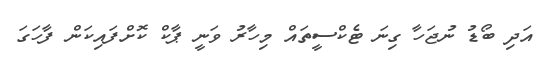
އަދި ބޯޑު ނުޖަހާ ގިނަ ޓެކްސީތައް މިހާރު ވަނީ ޕާކް ކޮށްފައިކަން ފާހަގަ